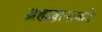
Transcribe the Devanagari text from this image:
ब्रह्मज्ञानाकडे